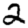
Digit: 2